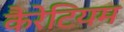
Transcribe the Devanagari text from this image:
कैरेटियम